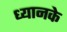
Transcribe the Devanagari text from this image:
ध्यानके